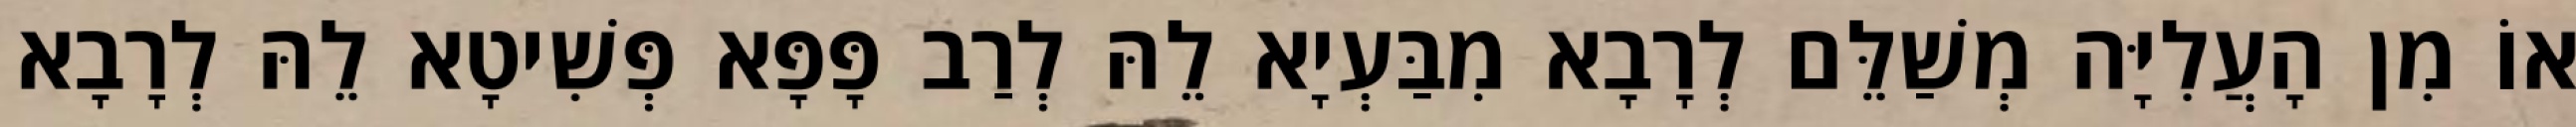
אוֹ מִן הָעֲלִיָּה מְשַׁלֵּם לְרָבָא מִבַּעְיָא לֵהּ לְרַב פָּפָּא פְּשִׁיטָא לֵהּ לְרָבָא